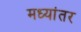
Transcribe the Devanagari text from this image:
मध्‍यांतर